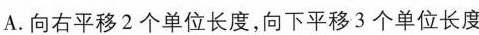
A.向右平移2个单位长度，向下平移3个单位长度